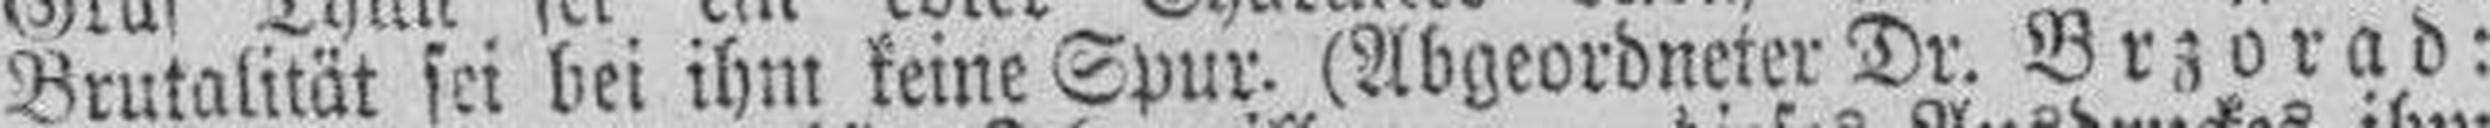
Brutalität sei bei ihm keine Spur. (Abgeordneter Dr. Brzorad: